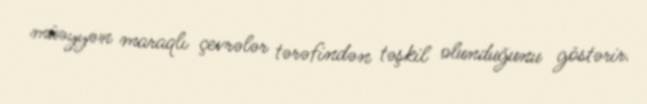
müəyyən maraqlı çevrələr tərəfindən təşkil olunduğunu göstərir.